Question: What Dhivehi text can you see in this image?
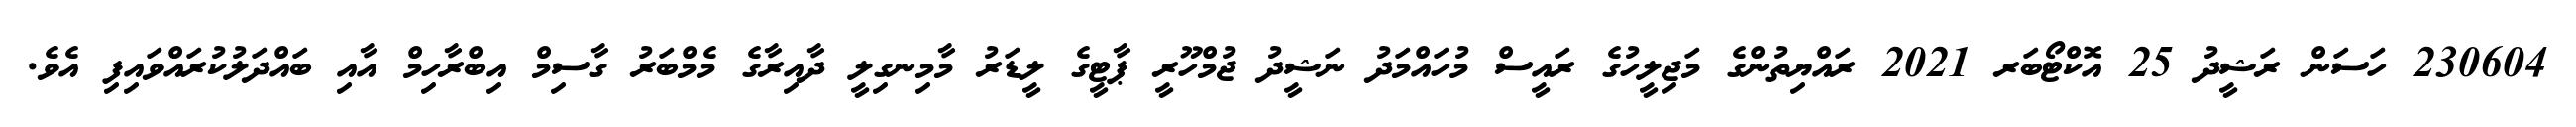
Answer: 230604 ހަސަން ރަޝީދު 25 އޮކްޓޯބަރ 2021 ރައްޔިތުންގެ މަޖިލީހުގެ ރައީސް މުހައްމަދު ނަޝީދު ޖުމްހޫރީ ޕާޓީގެ ލީޑަރު މާމިނގިލީ ދާއިރާގެ މެމްބަރު ގާސިމް އިބްރާހިމް އާއި ބައްދަލުކުރައްވައިފި އެވެ.